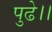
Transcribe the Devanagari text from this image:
पुढे।।